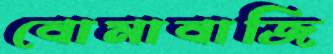
বোমাবাজি